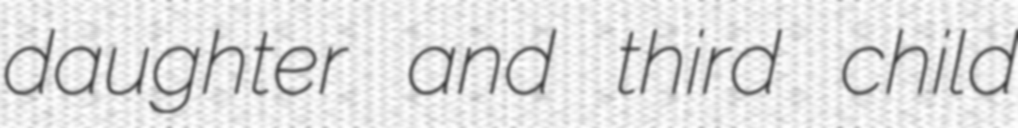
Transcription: daughter and third child